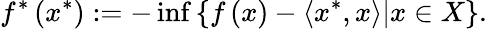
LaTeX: f^{*}\left(x^{*}\right):=-\operatorname*{inf}\left\{ \left.f\left(x\right)-\left\langle x^{*},x\right\rangle\right|x\in X\right\} .